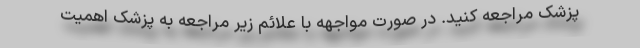
پزشک مراجعه کنید. در صورت مواجهه با علائم زیر مراجعه به پزشک اهمیت